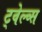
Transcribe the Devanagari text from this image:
ट्वेल्व्स